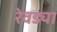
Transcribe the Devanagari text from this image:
रेवड्या